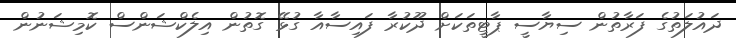
ދައުލަތުގެ ފަރާތުން ސިޔާސީ ޕާޓީތަކަށް ދޫކުރާ ފައިސާއާ ގުޅޭ ގޮތުން އިލެކްޝަންސް ކޮމިޝަނުން